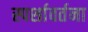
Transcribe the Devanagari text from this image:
स्पर्शावर्तना